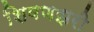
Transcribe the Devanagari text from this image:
शिवणझरी